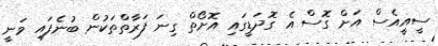
ސީއީއެސް އަށް ގޮސް އެ ގޮދަޑީގައި އޮށޯތް ގިނަ ފަރާތްތަކުން ބުނެފައި ވަނީ